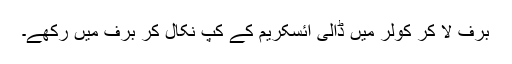
برف لا کر کولر میں ڈالی آئسکریم کے کپ نکال کر برف میں رکھے۔